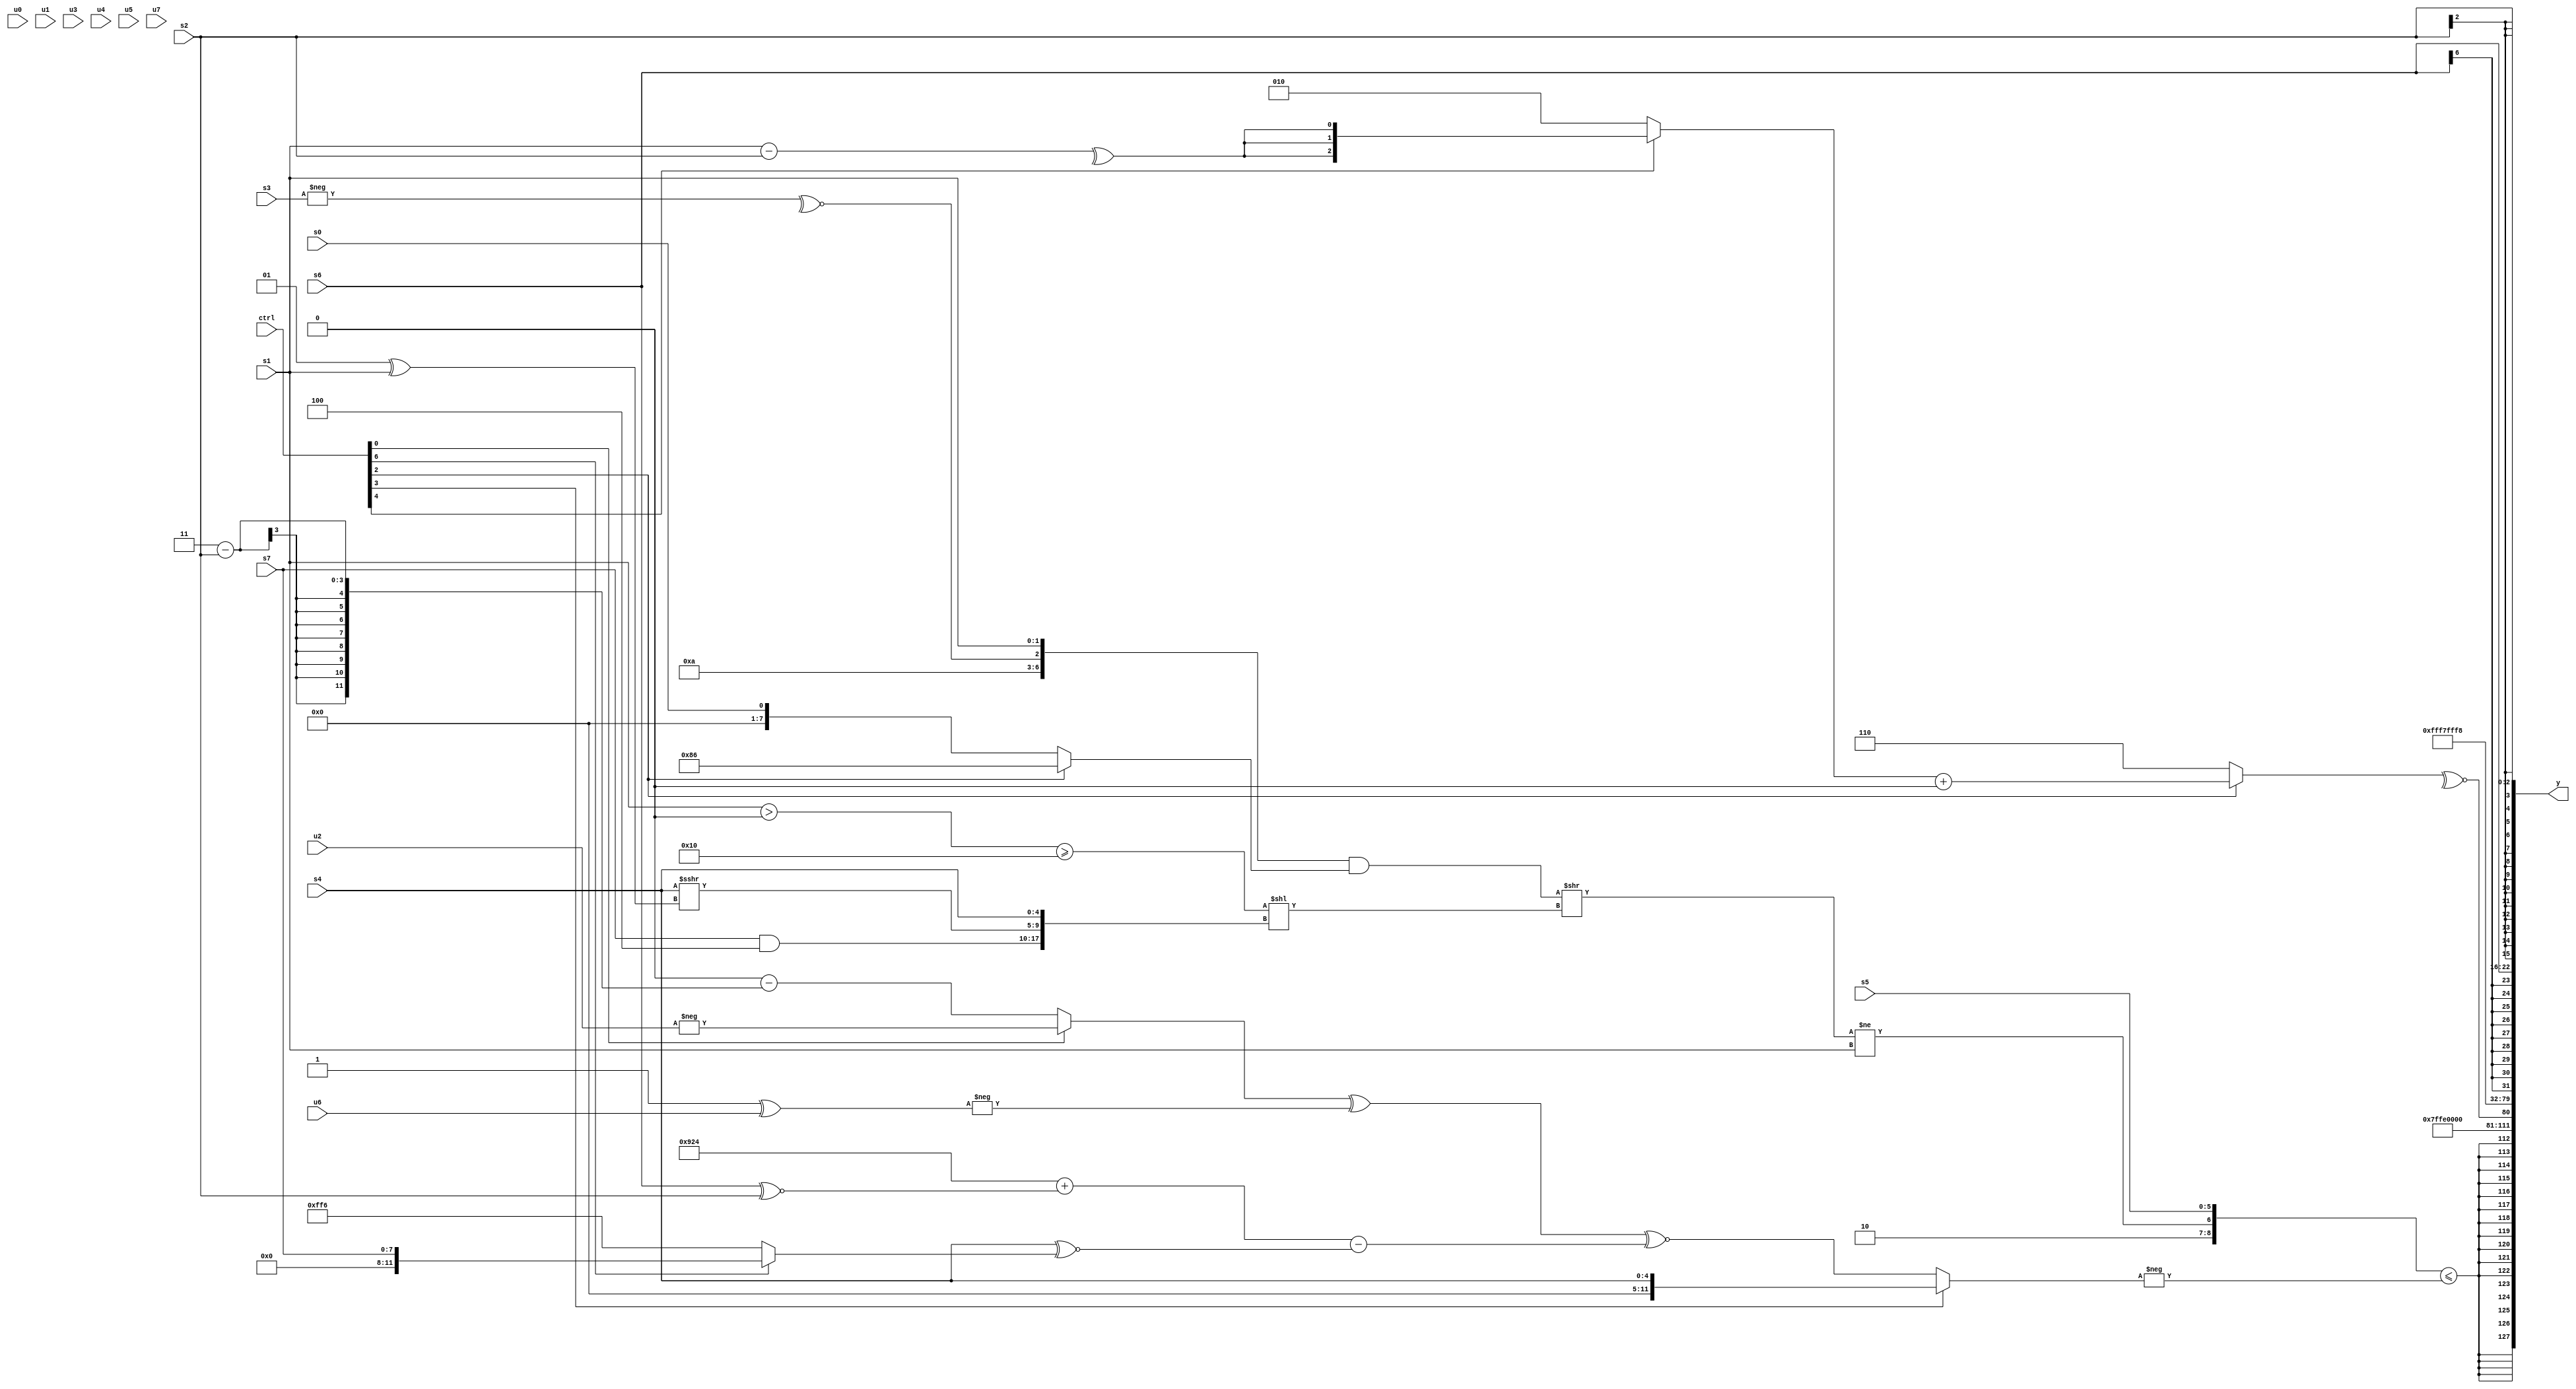
module wideexpr_00696(ctrl, u0, u1, u2, u3, u4, u5, u6, u7, s0, s1, s2, s3, s4, s5, s6, s7, y);
  input [7:0] ctrl;
  input [0:0] u0;
  input [1:0] u1;
  input [2:0] u2;
  input [3:0] u3;
  input [4:0] u4;
  input [5:0] u5;
  input [6:0] u6;
  input [7:0] u7;
  input signed [0:0] s0;
  input signed [1:0] s1;
  input signed [2:0] s2;
  input signed [3:0] s3;
  input signed [4:0] s4;
  input signed [5:0] s5;
  input signed [6:0] s6;
  input signed [7:0] s7;
  output [127:0] y;
  wire [15:0] y0;
  wire [15:0] y1;
  wire [15:0] y2;
  wire [15:0] y3;
  wire [15:0] y4;
  wire [15:0] y5;
  wire [15:0] y6;
  wire [15:0] y7;
  assign y = {y0,y1,y2,y3,y4,y5,y6,y7};
  assign y0 = $signed(({-(2'b10),((({(+(4'b0110))^~($signed(4'sb0011)),~^(-(s3)),$signed($signed(s1))})&((ctrl[2]?{6'sb010000,3'b110}:$unsigned($signed(s0)))))>>(((({s1})>(2'b00))>=(5'sb10000))<<({($signed(s7))&(3'sb100),(s4)>>>((2'sb01)^(s1)),s4})))!=($unsigned(s1)),s5})<=(-((ctrl[3]?s4:(((ctrl[0]?+(-(u2)):(+(2'sb00))-((2'sb11)-(s2))))^(-(($signed(1'sb1))^(u6))))^~((($signed({4{3'sb100}}))+(($signed(s6))^~($signed(s2))))-((+(s4))^~((ctrl[6]?s7:-(6'sb001010)))))))));
  assign y1 = $signed((1'sb1)^~($signed(-(4'b0100))));
  assign y2 = ~^($signed((ctrl[2]?((ctrl[4]?$signed(^((s1)-(s2))):+(+($signed(3'sb010)))))+(2'sb00):$signed(3'sb110))));
  assign y3 = 2'b00;
  assign y4 = 5'sb10111;
  assign y5 = 4'sb1000;
  assign y6 = $signed(s6);
  assign y7 = s2;
endmodule